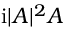
\mathrm { i } | A | ^ { 2 } A